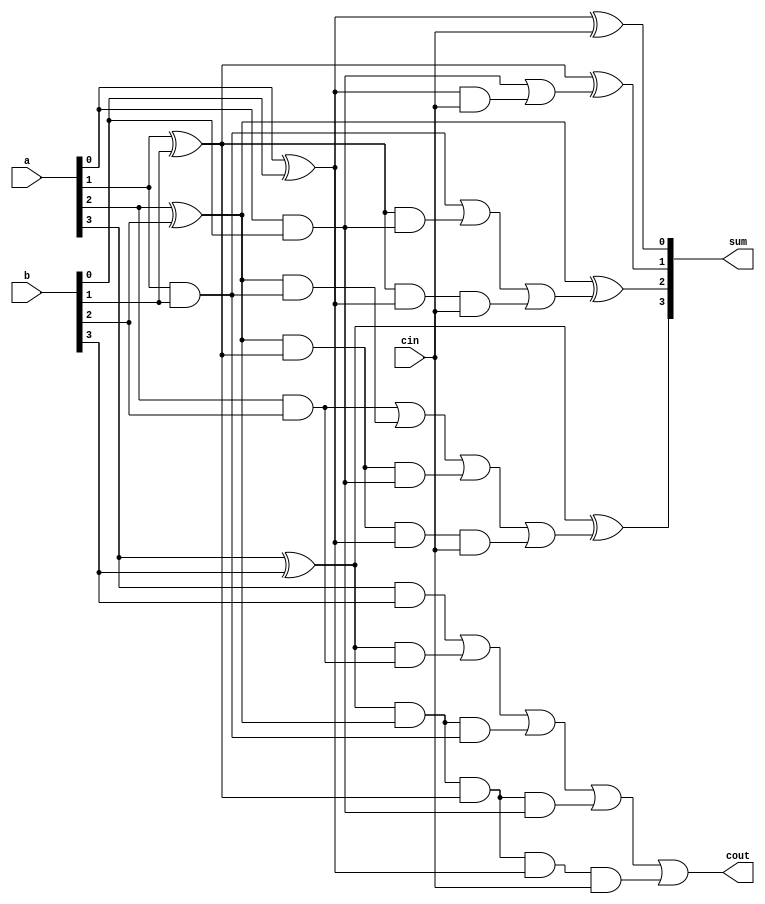
`timescale 1ns / 1ps
//////////////////////////////////////////////////////////////////////////////////
// Company: 
// Engineer: 
// 
// Design Name: 
// Module Name: Carrylook_Ahead
// Project Name: 
// Target Devices: 
// Tool Versions: 
// Description: 
// 
// Dependencies: 
// 
// Revision:
// Revision 0.01 - File Created
// Additional Comments:
// 
//////////////////////////////Gate level flow////////////////////////////////////////////////////


module Carrylook_Ahead(a,b,cin,sum,cout);
input [3:0] a, b; //define inputs and outputs
input cin;
output [3:0] sum;
output cout;
//design the logic for the generate functions
and (g0, a[0], b[0]),
(g1, a[1], b[1]),
(g2, a[2], b[2]),
(g3, a[3], b[3]);
//design the logic for the propagate functions
xor (p0, a[0], b[0]),
(p1, a[1], b[1]),
(p2, a[2], b[2]),
(p3, a[3], b[3]);
//design the logic for the sum equations
xor (sum[0], p0, cin),
(sum[1], p1, c0),
(sum[2], p2, c1),
(sum[3], p3, c2);//design the logic for the carry equations
//using the continuous assign statement
assign c0 = g0 | (p0 & cin),
c1 = g1 | (p1 & g0) | (p1 & p0 & cin),
c2 = g2 | (p2 & g1) | (p2 & p1 & g0)
 | (p2 & p1 & p0 & cin),
c3 = g3 | (p3 & g2) | (p3 & p2 & g1)
 | (p3 & p2 & p1 & g0)
 |(p3 & p2 & p1 & p0 & cin);
//design the logic for cout using assign
assign cout = c3;
endmodule